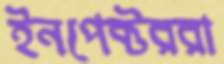
ইনপেক্টররা